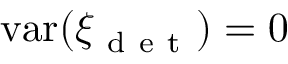
\mathrm { v a r } ( \xi _ { \mathrm { ~ d ~ e ~ t ~ } } ) = 0